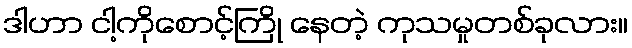
ဒါဟာ ငါ့ကိုစောင့်ကြို နေတဲ့ ကုသမှုတစ်ခုလား။